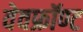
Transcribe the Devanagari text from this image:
वेवफ्रॉण्ट